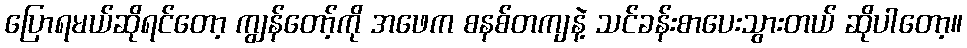
ပြောရမယ်ဆိုရင်တော့ ကျွန်တော့်ကို အဖေက စနစ်တကျနဲ့ သင်ခန်းစာပေးသွားတယ် ဆိုပါတော့။